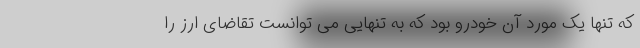
که تنها یک مورد آن خودرو بود که به تنهایی می توانست تقاضای ارز را